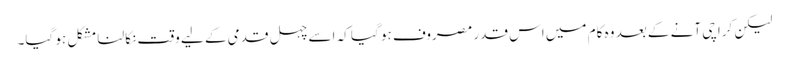
لیکن کراچی آنے کے بعد وہ کام میں اس قدر مصروف ہو گیا کہ اسے چہل قدمی کے لیے وقت نکالنا مشکل ہو گیا۔